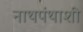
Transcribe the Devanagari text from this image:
नाथपंथाशी